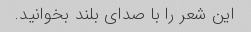
این شعر را با صدای بلند بخوانید.